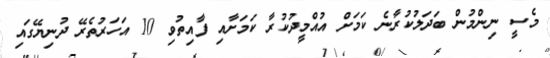
މެސީ ނިންމުން ބަދަލުކުރާނެ ކަމަށް އުއްމީދުކުރާ ކަމަށާއި ފާއިތުވި 10 އަހަރުތެރޭ ދުނިޔޭގައި